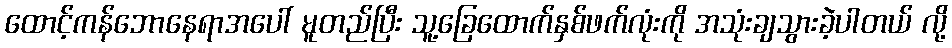
ထောင့်ကန်ဘောနေရာအပေါ် မူတည်ပြီး သူ့ခြေထောက်နှစ်ဖက်လုံးကို အသုံးချသွားခဲ့ပါတယ် လို့